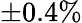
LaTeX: \pm 0.4\%